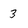
Character: 3